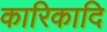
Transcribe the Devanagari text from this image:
कारिकादि